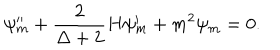
LaTeX: \psi _ { m } ^ { \prime \prime } + \frac { 2 } { \Delta + 2 } H \psi _ { m } ^ { \prime } + m ^ { 2 } \psi _ { m } = 0 .